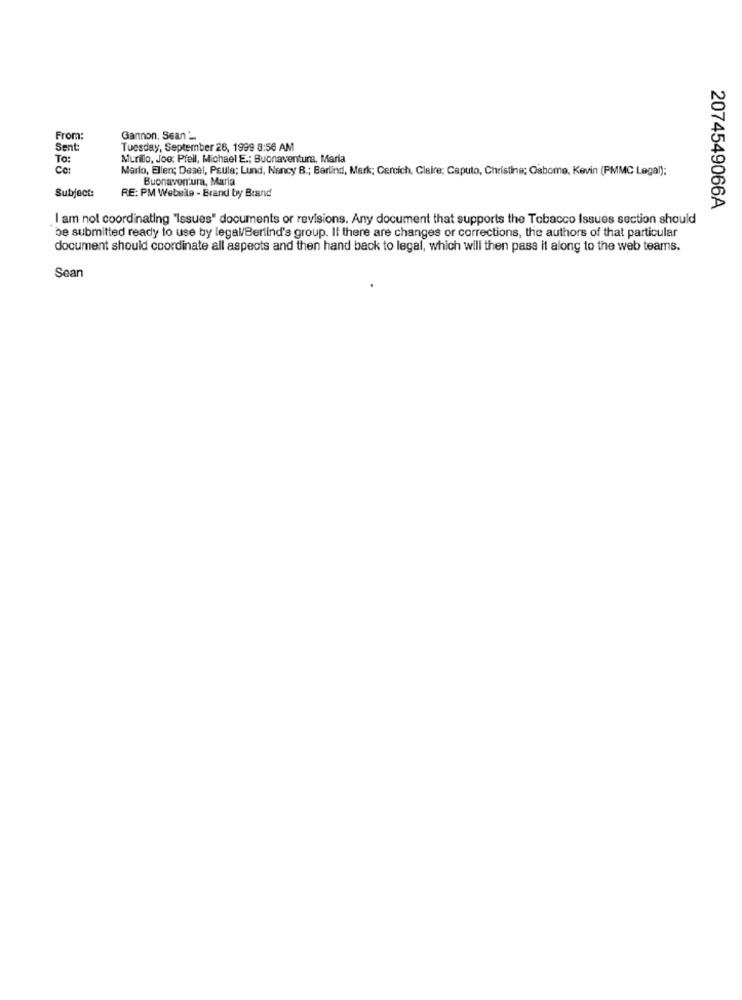
From:
Gannon, Sean'_
Sent:
Tuesday, September 28, 1999 8:56 AM
To:
Murilo, Joe; Pfeil, Michael E .; Buonaventura, Maria
Ce:
Mario, Ellen; Desel, Paula; Lund, Nancy B .; Berlind, Mark; Cercich, Claire; Caputo, Christine; Oshome, Kevin (PMMC Legal);
Buonaventura, Maria
Subject:
RE: PM Webelle - Brand by Brand
2074549066A
I am not coordinating "Issues" documents or revisions. Any document that supports the Tobacco Issues section should
be submitted ready to use by legal/Berlind's group. If there are changes or corrections, the authors of that particular
document should coordinate all aspects and then hand back to legal, which will then pass it along to the web teams.
Sean